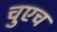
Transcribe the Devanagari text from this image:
चुएच